Vital statistics of India. Vol. IV, Annual returns from 1871 to 1876. British Army of India, Native Army and jails of Bengal
Year: 1871
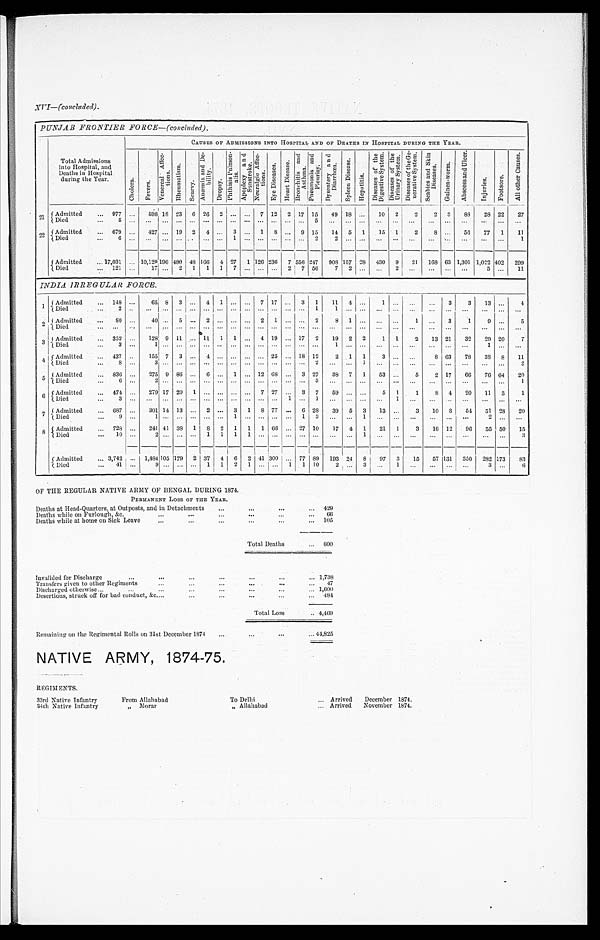
P U N J A B F R O N T I E R F O R C E — ( c o n c l u d e d ) .
Total Admissions
into Hospital, and
Deaths in Hospital
during the Year.
CAUSES OF ADMI SSI ONS I NTO HOSPI TAL AND OF DEATHS I N HOSPI TAL DURI NG THE YEAR.
C h o l e r a . F e v e r s .
V e n e r e a l A f f e c -
t i o n s .
R h e u m a t i s m .
S c u r v y .
A n æ m i a a n d D e -
b i l i t y . D r o p s y . P h t h i s i s P u l m o n -
a l i s . A p o p l e x y a n d
S u n s t r o k e . N e u r a l g i c A f f e c -
t i o n s .
E y e D i s e a s e s . H e a r t D i s e a s e s .
B r o n t h i t i s a n d
A s t h m a q .
P n e u m o n i a a n d
P l e u r i s y .
D y s e n t e r y a n d
D i a r r h œ a . S p l e e n D i s e a s e s .
H e p a t i t i s .
D i s e a s e s o f t h e
D i g e s t i v e S y s t e m . D i s e a s e s o f t h e
U r i n a r y S y s t e m .
D i s e a s e s o f t h e G e -
n e r a t i v e S y s t e m . S e a b i e s a n d S k i n
D i s e a s e s .
G u i n e a - w o r m . A b s c e s s a n d U l c e r .
I n j u r i e s . F o o t s o r e .
A l l o t h e r C a u s e s .
2 1 Admitted 977
598 18 23 6 26 2
7 12
2 1 7 15 49 18
10 2 2 2 3 88 28 22 27
Di ed 5
5
2 2 Admitted 679
427 19 2 4
3
1 8
9 15 14 5 1 15 1 2 8
56 77 1 11
Died 6
1
2 2
1
Admitted 17,031 10, 129 1 9 6 480 48 166 4 27 1 126 236 7 556 247 908 157 28 430 9 21 168 63 1, 301 1, 022 402 299
Died 121
17 2 1 1 1 7
2 7 56 7 2
2
5
11
INDIA IRREGULAR FORCE.
1 Admitted 148
65 8 3
4 1
7 17
3 1 11 4
1
3 3 13
4
Di ed 2
1
1
2 Admitted 80
40 5
2
2 1
2 8 1
1
3 1 9
5
Died
3 Admitted 352
128 9 11 11 1 1
4 19 17 2 19 2 2 1 1 2 13 21 32 29 20 7
Di ed 3
1
1
1
4 Admitted 437
155 7 3
4
2 5 18 12 2 1 1 3
8 63 78 38 8 11
Died 8
3
2
1
2
5 Admitted 836
275 9 86
6
1 12 68
3 27 38 7 1 53
5 2 17 66 76 64 20
Di ed 6
2
3
1
6 Admitted 474
27917 20 1
7 27
3 7 59
5 1 1 8 4 20 11 3 1
Di ed 3
1
1
1
7 Admitted 687
301 14 13
2
3 1 8 77
6 28 39 5 3 13
3 10 8 54 51 28 20
Died 9
1
1
1 3
1
2
8 Admitted 728
241 41 38 1 8 2 1 1 1 66 27 10 17 4 1 21 1 3 16 12 96 55 50 15
Di ed 10
2
1 1 1 1
1
3
Admitted 3,742 1, 484 105 179 2 37 4 6 2 41 300 77 89 193 24 8 97 3 15 57 131 350 282
173
83
Died 41
9
1 1 2 1
1 1 10 2
3
1
3
6
OF THE REGULAR NATIVE ARMY OF BENGAL DURING 1874.
P E R M A N E N T L O S S O F T H E Y E A R .
Deaths at Head-Quarters, at Outposts, and in Detachments
429
Deaths while on Furlough, &c.
66
Deaths while at home on Sick Leave
105
Total Deaths
600
Invalided for Discharge
1, 738
Transfers given to other Regiments
47
Discharged otherwise
1, 600
Desertions, struck off for bad conduct, &c
484
Total Loss
4, 469
Remaining on the Regimental Rolls on 31st December 1874
44, 825
NATIVE ARMY, 1874-75.
REGIMENTS.
33rd Native Infantry
From Allahabad
To Delhi
Arrived December 1874.
34th Native Infantry
„ Morar
„ Allahabad.
Arrived November 1874.